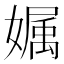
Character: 𡠟